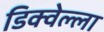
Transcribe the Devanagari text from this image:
डिक्वेल्ला